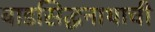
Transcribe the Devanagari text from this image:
वाडसिद्धनाथाची